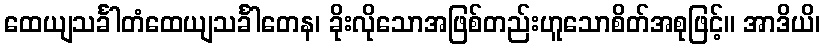
ထေယျသင်္ခါတံထေယျသင်္ခါတေန၊ ခိုးလိုသောအဖြစ်တည်းဟူသောစိတ်အစုဖြင့်။ အာဒိယိ၊